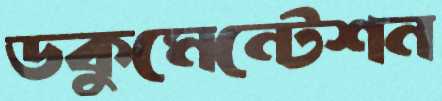
ডকুমেন্টেশন